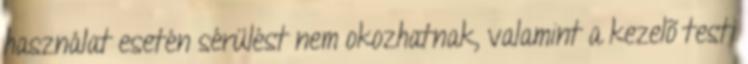
használat esetén sérülést nem okozhatnak, valamint a kezelõ testi